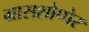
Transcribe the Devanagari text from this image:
ग्रासशोप्पेर